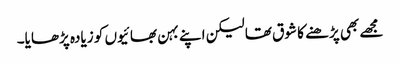
مجھے بھی پڑھنے کا شوق تھا لیکن اپنے بہن بھائیوں کو زیادہ پڑھایا۔